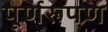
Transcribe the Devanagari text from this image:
पूर्णरूपण